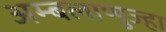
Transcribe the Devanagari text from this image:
अम्बलाप्पुज्हा